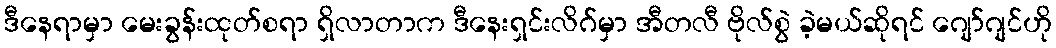
ဒီနေရာမှာ မေးခွန်းထုတ်စရာ ရှိလာတာက ဒီနေးရှင်းလိဂ်မှာ အီတလီ ဗိုလ်စွဲ ခဲ့မယ်ဆိုရင် ဂျော်ဂျင်ဟို